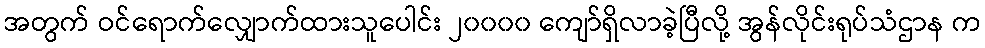
အတွက် ဝင်ရောက်လျှောက်ထားသူပေါင်း ၂၀၀၀၀ ကျော်ရှိလာခဲ့ပြီလို့ အွန်လိုင်းရုပ်သံဌာန က